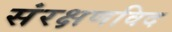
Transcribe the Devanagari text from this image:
संरक्षणविद